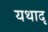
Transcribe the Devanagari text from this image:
यथादृ